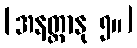
[အနတ္တာနု ၅။]